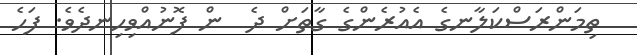
ތިމަންރަސްކަލާނގެ އެއުރެންގެ ގާތަށް ދެ  ން ފޮނުއްވިހިނދެެވެ. ފަހެ